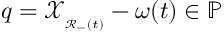
q = \mathscr { X } _ { _ { \mathscr { R } _ { - } ( t ) } } - \omega ( t ) \in { \mathbb { P } }